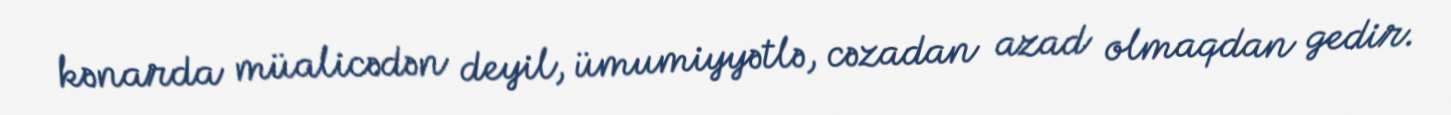
kənarda müalicədən deyil, ümumiyyətlə, cəzadan azad olmaqdan gedir.